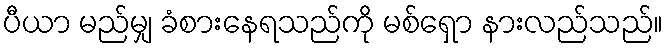
ပီယာ မည်မျှ ခံစားနေရသည်ကို မစ်ရှော နားလည်သည်။